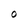
Character: O